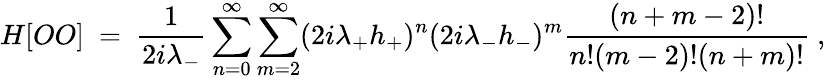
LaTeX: H[OO]\ =\ \frac{1}{2i\lambda_{-}}\sum_{n=0}^{\infty}\sum_{m=2}^{\infty}(2i\lambda_{+}h_{+})^{n}(2i\lambda_{-}h_{-})^{m}\frac{(n+m-2)!}{n!(m-2)!(n+m)!}\ ,